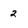
Character: 2